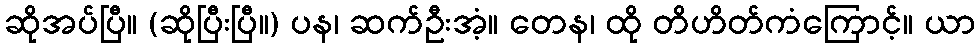
ဆိုအပ်ပြီ။ (ဆိုပြီးပြီ။) ပန၊ ဆက်ဦးအံ့။ တေန၊ ထို တိဟိတ်ကံကြောင့်။ ယာ